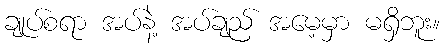
ချုပ်စရာ အပ်နဲ့ အပ်ချည် အမေ့မှာ မရှိဘူး။